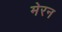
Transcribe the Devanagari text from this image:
मेरन